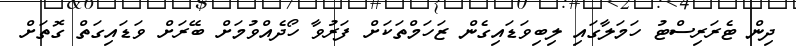
ދިން ޓެރަރިސްޓު ހަމަލާގައި ލިބިވަޑައިގެން ޒަހަމްތަކަށް ފަރުވާ ހޯދެއްވުމަށް ބޭރަށް ވަަޑައިގަތް ގޮތަށް